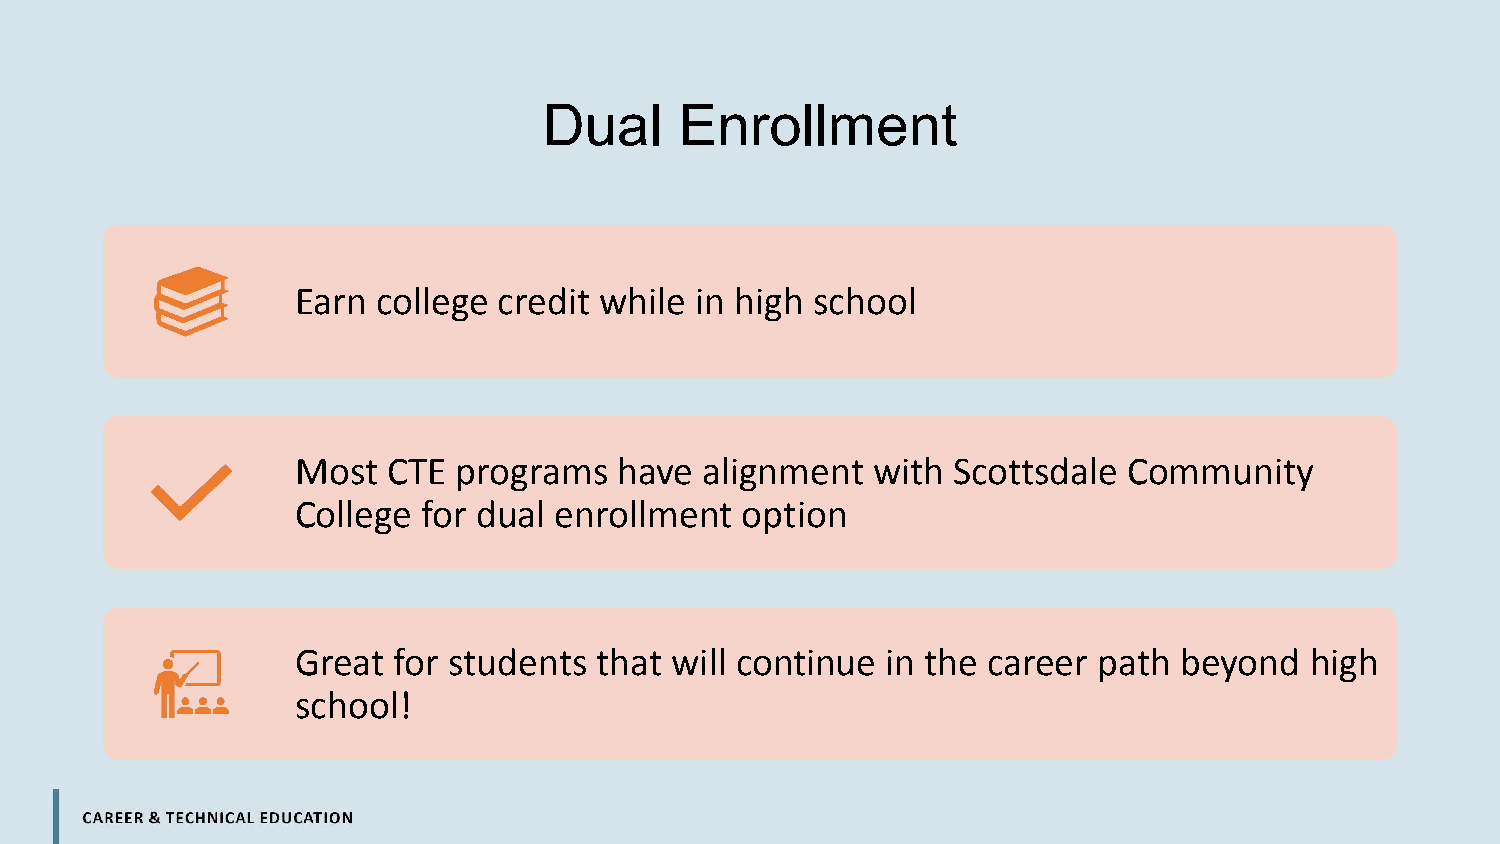
Dual     Enrollment
 Earn college credit while in high school
 Most  CTE programs   have  alignment  with Scottsdale  Community
 College for dual enrollment  option
 Great for students that will continue  in the career path beyond   high
 school!